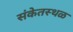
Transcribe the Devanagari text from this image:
संकेतस्‍थळ